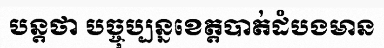
បន្តថា បច្ចុប្បន្នខេត្តបាត់ដំបងមាន